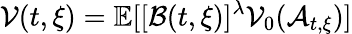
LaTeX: \mathcal{V}(t,\xi)=\mathbb{E}[[\mathcal{B}(t,\xi)]^{\lambda}\mathcal{V}_{0}(\mathcal{A}_{t,\xi})]